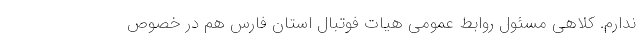
ندارم. کلاهی مسئول روابط عمومی هیات فوتبال استان فارس هم در خصوص